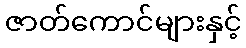
ဇာတ်ကောင်များနှင့်